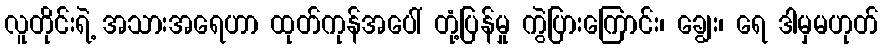
လူတိုင်းရဲ့ အသားအရေဟာ ထုတ်ကုန်အပေါ် တုံ့ပြန်မှု ကွဲပြားကြောင်း၊ ချွေး၊ ရေ ဒါမှမဟုတ်